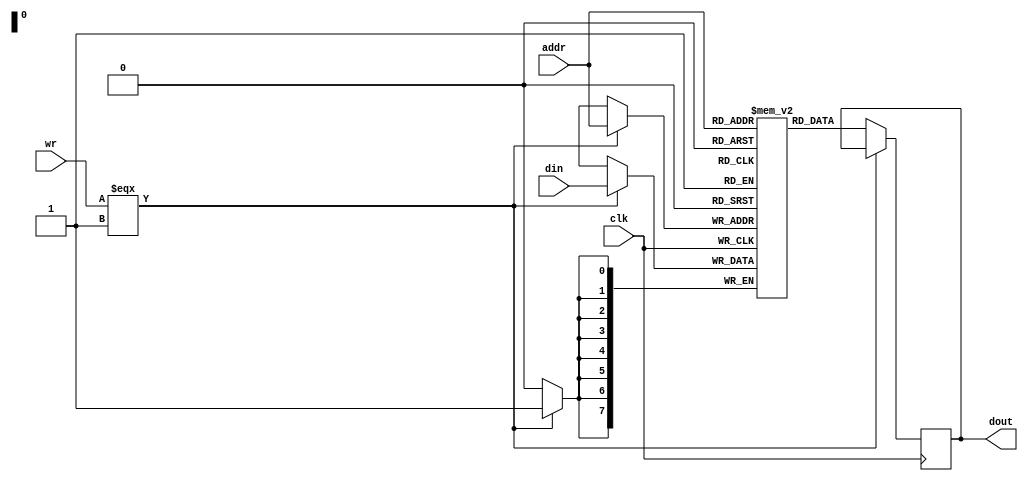
`timescale 1ns/1ns

module mem (/*AUTOARG*/
   // Outputs
   dout, 
   // Inputs
   clk, din, addr, wr
   ) ;

   parameter dwidth = 8 ;//data bus width
   parameter awidth = 8 ;//addr bus width
   parameter size   = 256 ;//Size of memory array
   
   input clk ;
   input [ dwidth-1 : 0] din ;
   input [ awidth-1 : 0] addr ;   
   input 		 wr ;
   
   output [ dwidth-1 : 0] dout ;

   wire [ dwidth-1 : 0]  din ;   
   reg [dwidth-1 : 0] 	  mem [ size-1:0 ] ;
   reg [dwidth-1 : 0] 	  dout ;
   
   always @(posedge clk)
     if (wr === 1'b1)
       mem[addr] <= din ;
     else
       dout <= mem[addr] ;

endmodule